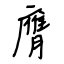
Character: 膺